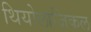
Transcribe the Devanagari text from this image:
थियोलाजिकल